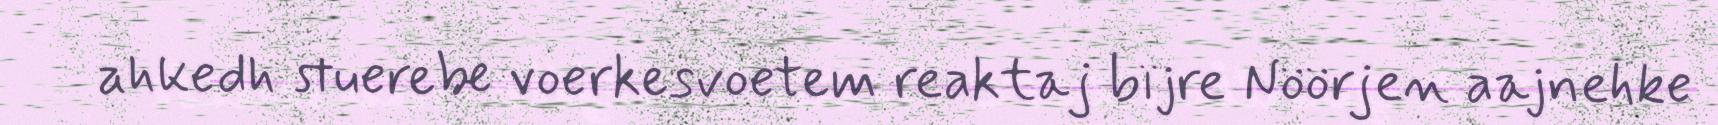
ahkedh stuerebe voerkesvoetem reaktaj bïjre Nöörjen aajnehke